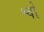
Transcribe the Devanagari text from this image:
श्वो